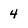
Character: 4